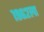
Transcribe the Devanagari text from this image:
१९६२ला